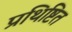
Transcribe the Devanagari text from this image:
प्रथिष्टित